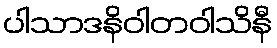
ပါသာဒနိဝါတဝါသိနီ